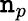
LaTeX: \mathtt{n}_{p}